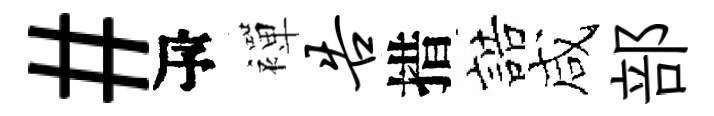
#瓴襌告措誥咸部